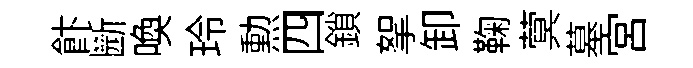
飰㫁喚玲勲四鎖挐卸鞠蓂墓宮